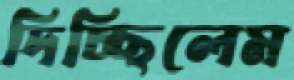
দিচ্ছিলেম